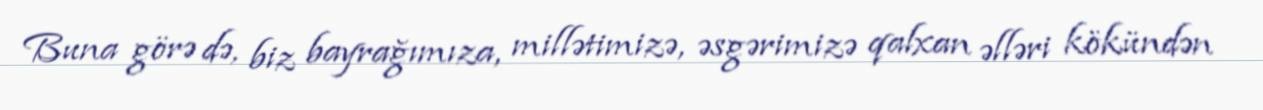
Buna görə də, biz bayrağımıza, millətimizə, əsgərimizə qalxan əlləri kökündən